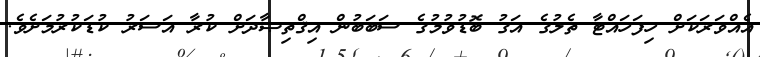
އެއްވަރަކަށް ހިފަހައްޓާ ތެލުގެ އަގު ބޮޑުވުމުގެ ސަބަބުން އިޤްތިޞާދަށް ކުރާ އަސަރު ކުޑަކުރުމަށެވެ.